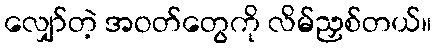
လျှော်တဲ့ အဝတ်တွေကို လိမ်ညှစ်တယ်။